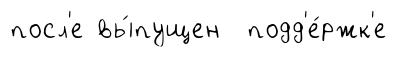
посл'е вы́пущен подд'е́ржк'е